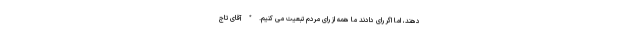
دهند، اما اگر رای دادند ما همه از رای مردم تبعیت می کنیم. * آقای تاج